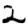
Digit: 2